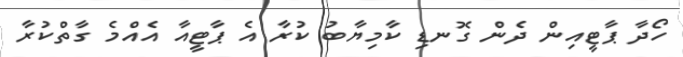
ހޯދާ ޕާޓީއިން ދެން ގޮނޑި ކާމިޔާބު ކުރާ އެ ޕާޓީއާ އެއްމެ ގާތްކުރާ